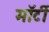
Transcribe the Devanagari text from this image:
मॉर्टी